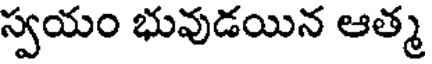
స్వయం భువుడయిన ఆత్మ